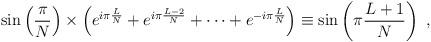
LaTeX: \begin{align*}\sin\left(\frac{\pi}{N}\right) \times \left(e^{i\pi \frac{L}{N}}+e^{i\pi \frac{L-2}{N}}+\cdots +e^{-i\pi \frac{L}{N}}\right) \equiv \sin \left(\pi \frac{L+1}{N}\right)~,\end{align*}